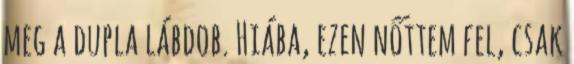
meg a dupla lábdob. Hiába, ezen nőttem fel, csak